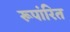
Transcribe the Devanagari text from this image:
रूपांरित